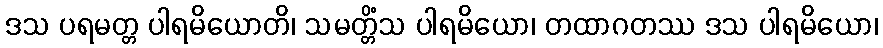
ဒသ ပရမတ္တ ပါရမိယောတိ၊ သမတ္တိံသ ပါရမိယော၊ တထာဂတဿ ဒသ ပါရမိယော၊